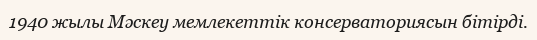
1940 жылы Мәскеу мемлекеттік консерваториясын бітірді.